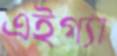
এইগ্যা